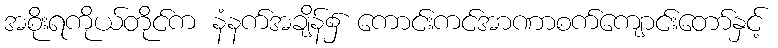
အစိုးရကိုယ်တိုင်က နံနက်အချိန်၌ ကောင်းကင်အာဏာစက်ကျောင်းတော်နှင့်